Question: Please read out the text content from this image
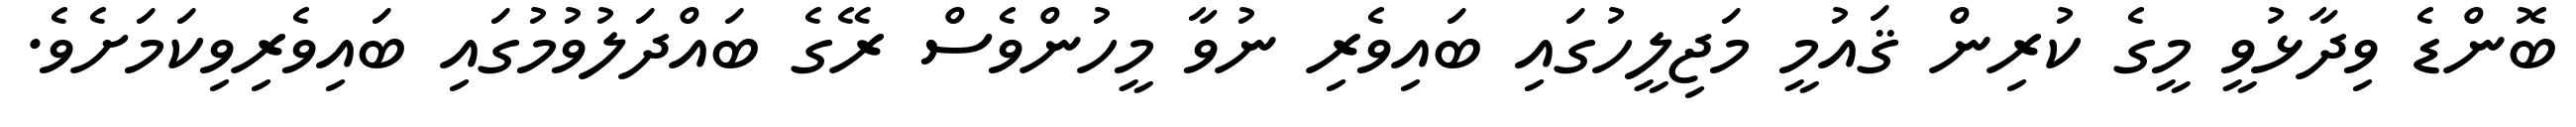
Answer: ބޮންޑެ ވިދާޅުވީ މީގެ ކުރިން ޤައުމީ މަޖިލީހުގައި ބައިވެރި ނުވާ މީހުންވެސް ރޭގެ ބައްދަލުވުމުގައި ބައިވެރިވިކަމަށެވެ.